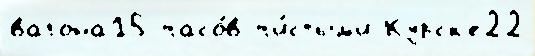
вагона15 часо́в чи́стым'и Курск'е22